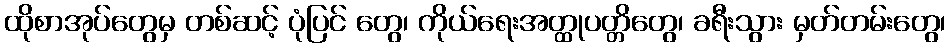
ထိုစာအုပ်တွေမှ တစ်ဆင့် ပုံပြင် တွေ၊ ကိုယ်ရေးအတ္ထုပတ္တိတွေ၊ ခရီးသွား မှတ်တမ်းတွေ၊